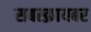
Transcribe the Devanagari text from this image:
सबस्क्रायबर